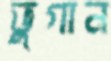
ভুগান